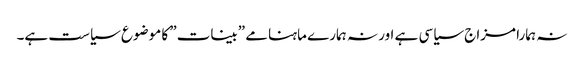
نہ ہمارا مزاج سیاسی ہے اور نہ ہمارے ماہنامے ”بینات” کا موضوع سیاست ہے۔